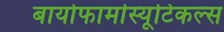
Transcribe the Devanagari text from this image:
बायोफार्मास्यूटिकल्स